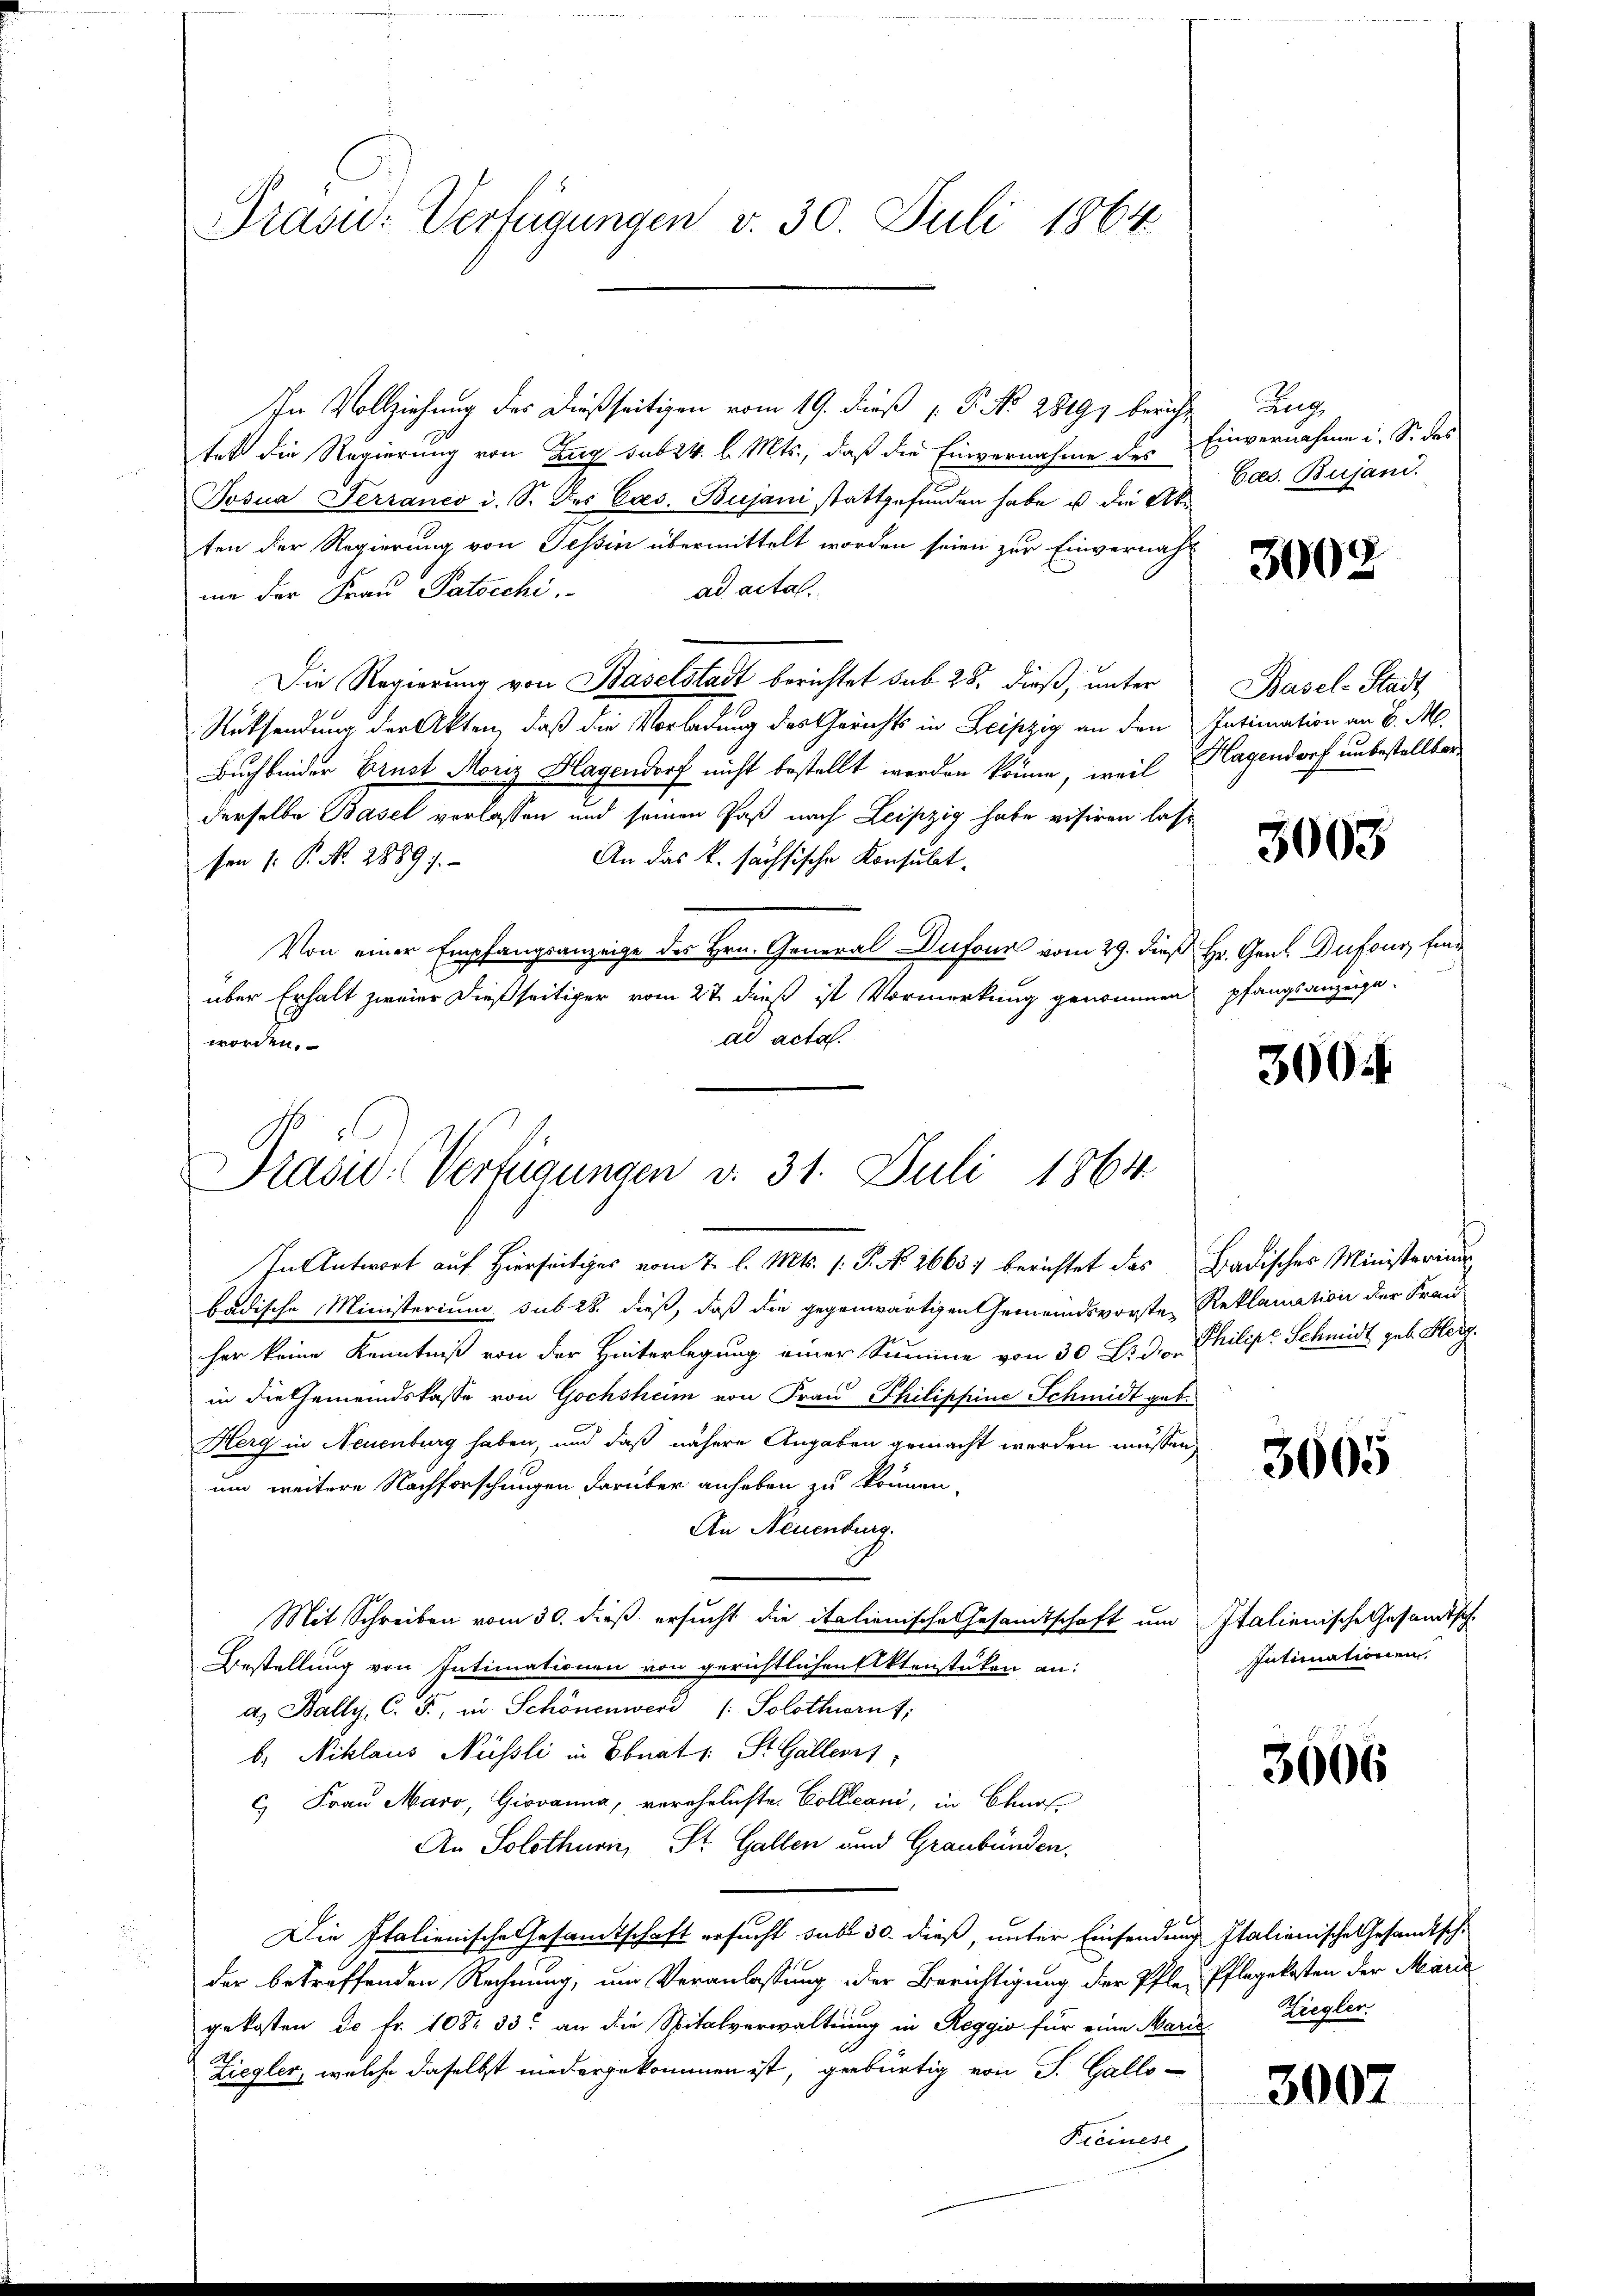
Präsid.- Verfügungen v. 30. Juli 1864

In Vollziehung des dießseitigen vom 19. dieß P. Nr. 28191 bericht Zug
tet die Regierung von Zug sub 24. l. Mts., daß die Einvernahme des Einvernahme i. So das
Josua Ferraneo d. S. des Caes. Bujani stattgefunden habe u. die Abten der Regierung von Tessin übermittelt worden seien zur Einvernahad acta.
me der Frau Patocchi
Die Regierung von Baselstadt berichtet sub 28. dieß, unter Basel-Stadt
Rücksendung der Akten, daß die Vorladung des Gerichts in Leipzig an den Intimation an B. M.
Buch beider Brust Moriz Hagendorf nicht bestellt werden könne, weil Hagendorf unbestellter
derselbe Basel verlassen und seinen Paß nach Leipzig habe visiren las¬
An das k. sächsische Konsulatsen (: P. Nr. 28891.
Von einer Empfangsanzeige des Hrn. General Dufour vom 29. dieß Hr. Gen. Dufour, finde
über Erhalt zweier dießseitiger vom 27. dieß ist Vormerkung genommen pfangsanzeige-
ad acta.
worden.

Präsid. Verfügungen v. 31. Juli 1864
In Antwort auf Hierseitiges vom 7. l. Mts. (: P. No. 26637 berichtet das Badisches Ministerium

badische Ministerium sub 28. dieß, daß die gegenwärtigen Gemeindsvorsten Reklamation der Frau
her keine Kenntniß von der Hinterlegung einer Summe von 30 Li d. Philip Schmidt geb. Herzin die Gemeindskasse von Gochsheim von Frau Philippine Schmidt geb.
Herg in Neuenburg haben, und daß nähere Angaben gemacht werden müssen,
um weitere Nachforschungen darüber anheben zu können.
An Neuenburg.
Mit Schreiben vom 30. dieß ersucht die italienische Gesandtschaft und Italienische Gesandtsch
Bestellung von Intimationen von gerichtlichen Aktenstüken an:
a. Bally, C. F., in Schönenwerd / Solothurnt,
b. Niklaus Nüssli in Ebnat v. St. Gallens,
C) Frau Maro, Giovanna, verehrlichte Collani, in Chur
An Solothurn, St. Gallen und Graubünden,
Die Italienische Gesandtschaft ersucht sub 30. dieß, unter Einsendung Italienische Gesandtsche
der betreffenden Rechnung, um Veranlassung der Berichtigung der Pfler Pflegekosten der Marie
gekosten d. fr. 108. 33. an die Spitalverwaltung in Reggio für eine Marie Ziegler
Ziegler, welche daselbst niedergekommen ist, gebürtig von S. Gallo-
Kremen

Cees. Bujani.

3008

3003

300.

3605

Intimationen,

3606

3007